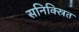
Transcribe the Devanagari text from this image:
सनिक्स्रित